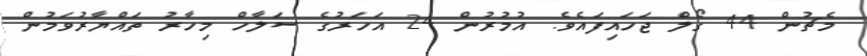
މެޗުން 44 ގޯލް ޖަހައިފައެވެ. އުމުރުން 24 އަހަރުގެ ސަލާހް މިހާރު ތައްޔާރުވަމުން